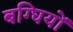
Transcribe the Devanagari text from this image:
बग्घियों